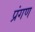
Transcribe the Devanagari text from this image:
प्रंगण